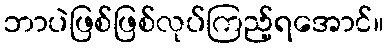
ဘာပဲဖြစ်ဖြစ်လုပ်ကြည့်ရအောင်။